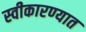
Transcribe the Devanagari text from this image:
स्‍वीकारण्‍यात